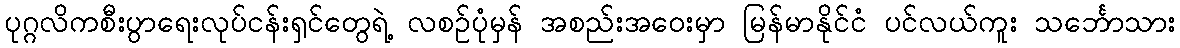
ပုဂ္ဂလိကစီးပွာရေးလုပ်ငန်းရှင်တွေရဲ့ လစဉ်ပုံမှန် အစည်းအဝေးမှာ မြန်မာနိုင်ငံ ပင်လယ်ကူး သင်္ဘောသား